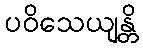
ပဝိသေယျန္တိ